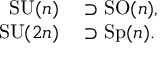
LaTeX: \begin{array} { r l } { \operatorname { S U } ( n ) } & { { } \supset \operatorname { S O } ( n ) , } \\ { \operatorname { S U } ( 2 n ) } & { { } \supset \operatorname { S p } ( n ) . } \end{array}